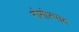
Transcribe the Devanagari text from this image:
रोगोत्पाद